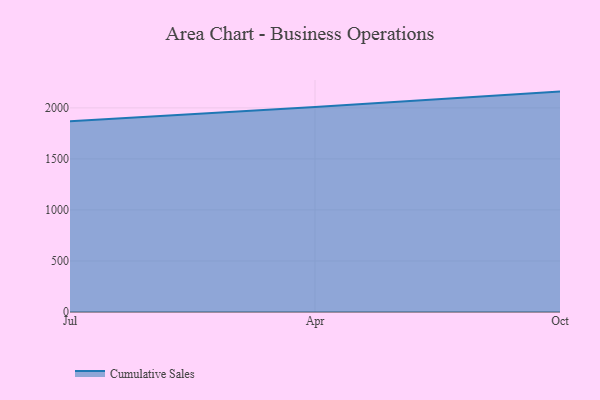
{"axis": {"x": "Month", "y": "Active Users"}, "legend": ["Cumulative Sales"], "data": [{"x": "Jul", "y": 1867.8, "type": "Cumulative Sales"}, {"x": "Apr", "y": 2009.8, "type": "Cumulative Sales"}, {"x": "Oct", "y": 2159.5, "type": "Cumulative Sales"}]}